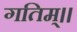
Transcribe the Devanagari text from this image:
गतिम्।।